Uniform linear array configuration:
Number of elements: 12
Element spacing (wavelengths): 0.75
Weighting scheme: hamming
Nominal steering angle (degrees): -15
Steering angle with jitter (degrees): -14.341
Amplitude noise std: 0.05
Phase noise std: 0.05

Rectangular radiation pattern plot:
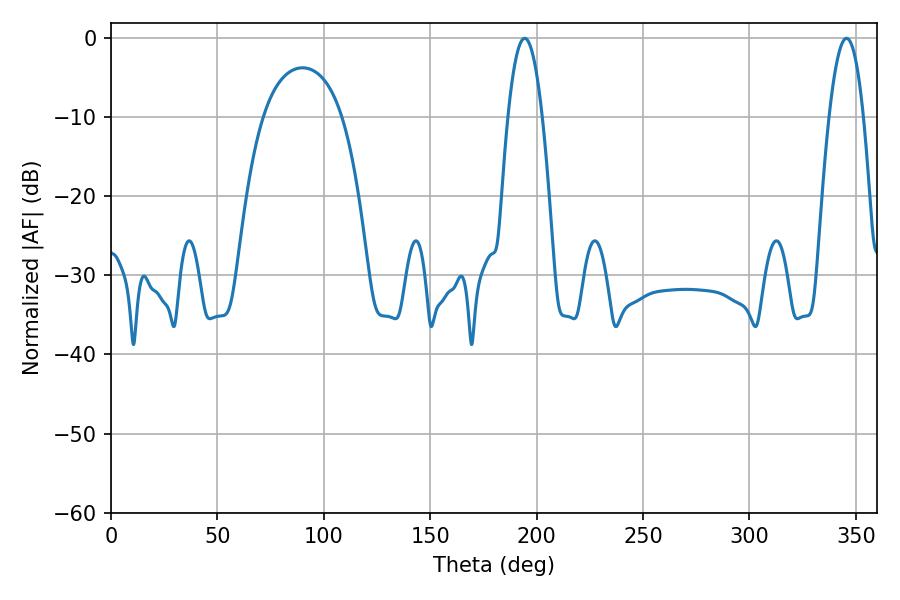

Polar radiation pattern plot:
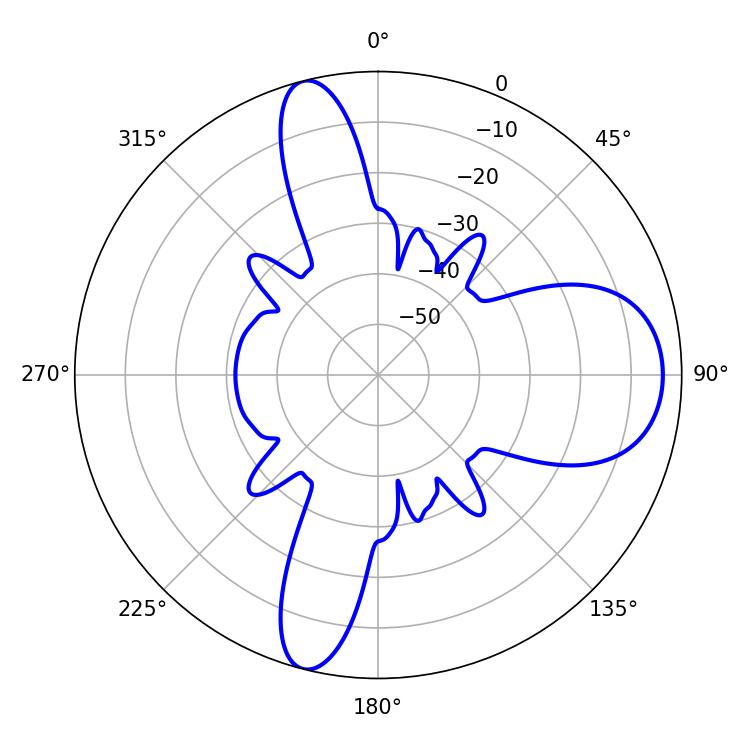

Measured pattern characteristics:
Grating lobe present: TRUE
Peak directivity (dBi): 12.302
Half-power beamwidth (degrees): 8.82
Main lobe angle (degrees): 194.4